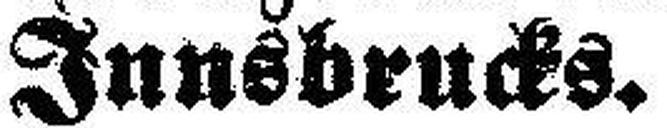
Innsbrucks.